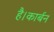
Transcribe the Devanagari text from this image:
है।कार्बन